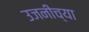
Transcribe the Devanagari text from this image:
उजनीच्या